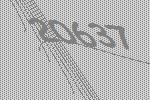
20637